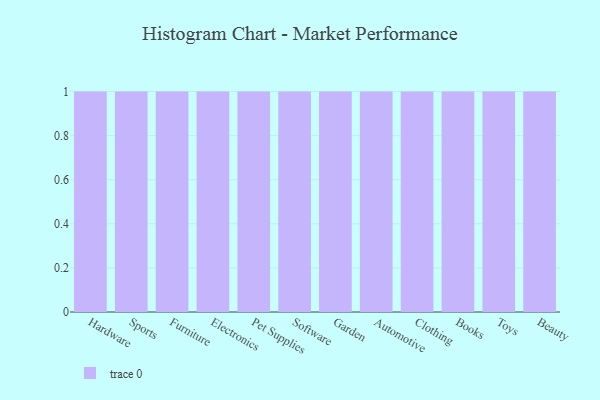
{"axis": {"x": "Category", "y": "Gross Profit (USD K)"}, "legend": [""], "data": [{"x": "Hardware", "y": 44, "type": ""}, {"x": "Sports", "y": 64, "type": ""}, {"x": "Furniture", "y": 2, "type": ""}, {"x": "Electronics", "y": 72, "type": ""}, {"x": "Pet Supplies", "y": 51, "type": ""}, {"x": "Software", "y": 88, "type": ""}, {"x": "Garden", "y": 54, "type": ""}, {"x": "Automotive", "y": 21, "type": ""}, {"x": "Clothing", "y": 93, "type": ""}, {"x": "Books", "y": 11, "type": ""}, {"x": "Toys", "y": 37, "type": ""}, {"x": "Beauty", "y": 8, "type": ""}]}